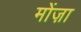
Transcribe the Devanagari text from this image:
मोंज़ा